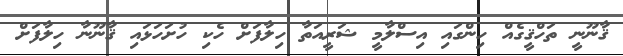
ޤާނޫނީ ތަހްޤީގެއް ހިންގައި އިސްލާމީ ޝަރީއަތާ ހިލާފަށް ހެކި ހުށަހަޅައި ޤާނޫނާ ހިލާފަށް